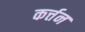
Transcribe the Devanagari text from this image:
कर्त्तन